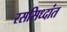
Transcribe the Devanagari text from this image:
रससिध्दांत